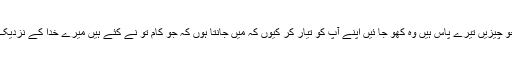
اس سے قبل کہ جو چیزیں تیرے پاس ہیں وہ کھو جا ئیں اپنے آپ کو تیار کر کیوں کہ میں جانتا ہوں کہ جو کام تو نے کئے ہیں میرے خدا کے نزدیک قابل احترام نہیں۔